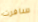
سافرت